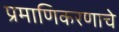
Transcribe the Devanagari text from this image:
प्रमाणिकरणाचे